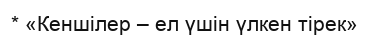
* «Кеншілер – ел үшін үлкен тірек»